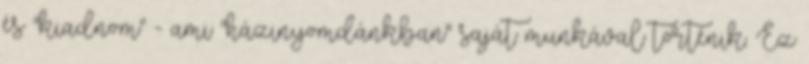
és "kiadnom" - ami "házinyomdánkban" saját munkával történik. Ez